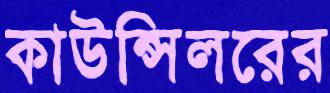
কাউন্সিলরের